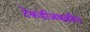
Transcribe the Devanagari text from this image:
टेकडीजवळील